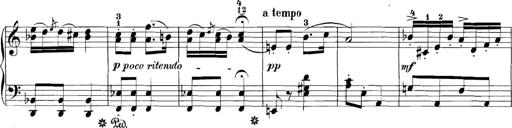
Title: 3 Sonatinas
Composer: Carl Reinecke